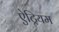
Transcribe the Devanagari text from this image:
ऐट्रियम